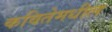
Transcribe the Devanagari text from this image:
कवितेमधील